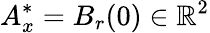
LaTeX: A_{x}^{\ast}=B_{r}(0)\in\mathbb R^{2}